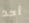
أحد